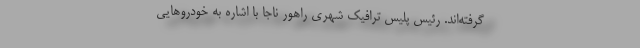
گرفته‌اند. رئیس پلیس ترافیک شهری راهور ناجا با اشاره به خودروهایی